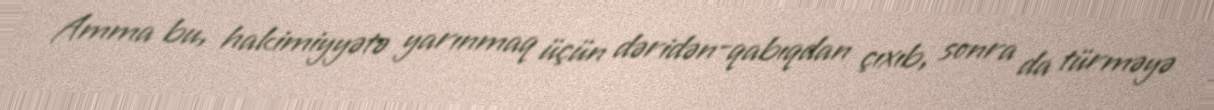
Amma bu, hakimiyyətə yarınmaq üçün dəridən-qabıqdan çıxıb, sonra da türməyə